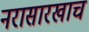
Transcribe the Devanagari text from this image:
नरासारखाच